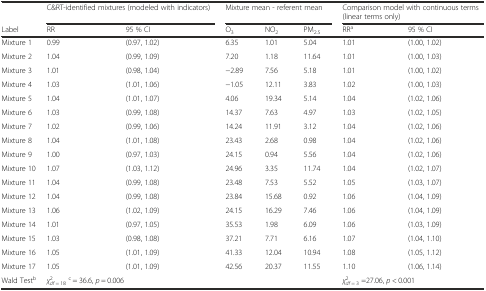
<table><thead><tr><td></td><td colspan="2"><b>C&amp;RT-identified mixtures (modeled with indicators)</b></td><td colspan="3"><b>Mixture mean - referent mean</b></td><td colspan="2"><b>Comparison model with continuous terms (linear terms only)</b></td></tr><tr><td><b>Label</b></td><td><b>RR</b></td><td><b>95 % CI</b></td><td><b>O<sub>3</sub></b></td><td><b>NO<sub>2</sub></b></td><td><b>PM<sub>2.5</sub></b></td><td><b>RR<sup>a</sup></b></td><td><b>95 % CI</b></td></tr></thead><tbody><tr><td>Mixture 1</td><td>0.99</td><td>(0.97, 1.02)</td><td>6.35</td><td>1.01</td><td>5.04</td><td>1.01</td><td>(1.00, 1.02)</td></tr><tr><td>Mixture 2</td><td>1.04</td><td>(0.99, 1.09)</td><td>7.20</td><td>1.18</td><td>11.64</td><td>1.01</td><td>(1.00, 1.03)</td></tr><tr><td>Mixture 3</td><td>1.01</td><td>(0.98, 1.04)</td><td>−2.89</td><td>7.56</td><td>5.18</td><td>1.01</td><td>(1.00, 1.02)</td></tr><tr><td>Mixture 4</td><td>1.03</td><td>(1.01, 1.06)</td><td>−1.05</td><td>12.11</td><td>3.83</td><td>1.02</td><td>(1.00, 1.03)</td></tr><tr><td>Mixture 5</td><td>1.04</td><td>(1.01, 1.07)</td><td>4.06</td><td>19.34</td><td>5.14</td><td>1.04</td><td>(1.02, 1.06)</td></tr><tr><td>Mixture 6</td><td>1.03</td><td>(0.99, 1.08)</td><td>14.37</td><td>7.63</td><td>4.97</td><td>1.03</td><td>(1.02, 1.05)</td></tr><tr><td>Mixture 7</td><td>1.02</td><td>(0.99, 1.06)</td><td>14.24</td><td>11.91</td><td>3.12</td><td>1.04</td><td>(1.02, 1.06)</td></tr><tr><td>Mixture 8</td><td>1.04</td><td>(1.01, 1.08)</td><td>23.43</td><td>2.68</td><td>0.98</td><td>1.04</td><td>(1.02, 1.06)</td></tr><tr><td>Mixture 9</td><td>1.00</td><td>(0.97, 1.03)</td><td>24.15</td><td>0.94</td><td>5.56</td><td>1.04</td><td>(1.02, 1.06)</td></tr><tr><td>Mixture 10</td><td>1.07</td><td>(1.03, 1.12)</td><td>24.96</td><td>3.35</td><td>11.74</td><td>1.04</td><td>(1.02, 1.07)</td></tr><tr><td>Mixture 11</td><td>1.04</td><td>(0.99, 1.08)</td><td>23.48</td><td>7.53</td><td>5.52</td><td>1.05</td><td>(1.03, 1.07)</td></tr><tr><td>Mixture 12</td><td>1.04</td><td>(0.99, 1.08)</td><td>23.84</td><td>15.68</td><td>0.92</td><td>1.06</td><td>(1.04, 1.09)</td></tr><tr><td>Mixture 13</td><td>1.06</td><td>(1.02, 1.09)</td><td>24.15</td><td>16.29</td><td>7.46</td><td>1.06</td><td>(1.04, 1.09)</td></tr><tr><td>Mixture 14</td><td>1.01</td><td>(0.97, 1.05)</td><td>35.53</td><td>1.98</td><td>6.09</td><td>1.06</td><td>(1.03, 1.09)</td></tr><tr><td>Mixture 15</td><td>1.03</td><td>(0.98, 1.08)</td><td>37.21</td><td>7.71</td><td>6.16</td><td>1.07</td><td>(1.04, 1.10)</td></tr><tr><td>Mixture 16</td><td>1.05</td><td>(1.01, 1.09)</td><td>41.33</td><td>12.04</td><td>10.94</td><td>1.08</td><td>(1.05, 1.12)</td></tr><tr><td>Mixture 17</td><td>1.05</td><td>(1.01, 1.09)</td><td>42.56</td><td>20.37</td><td>11.55</td><td>1.10</td><td>(1.06, 1.14)</td></tr><tr><td>Wald Test<sup>b</sup></td><td colspan="2"><i>χ</i><sub><i>df</i> = 18</sub><sup>2</sup><sup>c</sup> = 36.6, <i>p</i> = 0.006</td><td></td><td></td><td></td><td colspan="2"><i>χ</i><sub><i>df</i> = 3</sub><sup>2</sup> =27.06, <i>p</i> &lt; 0.001</td></tr></tbody></table>